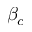
\beta _ { c }